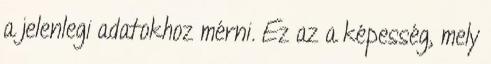
a jelenlegi adatokhoz mérni. Ez az a képesség, mely